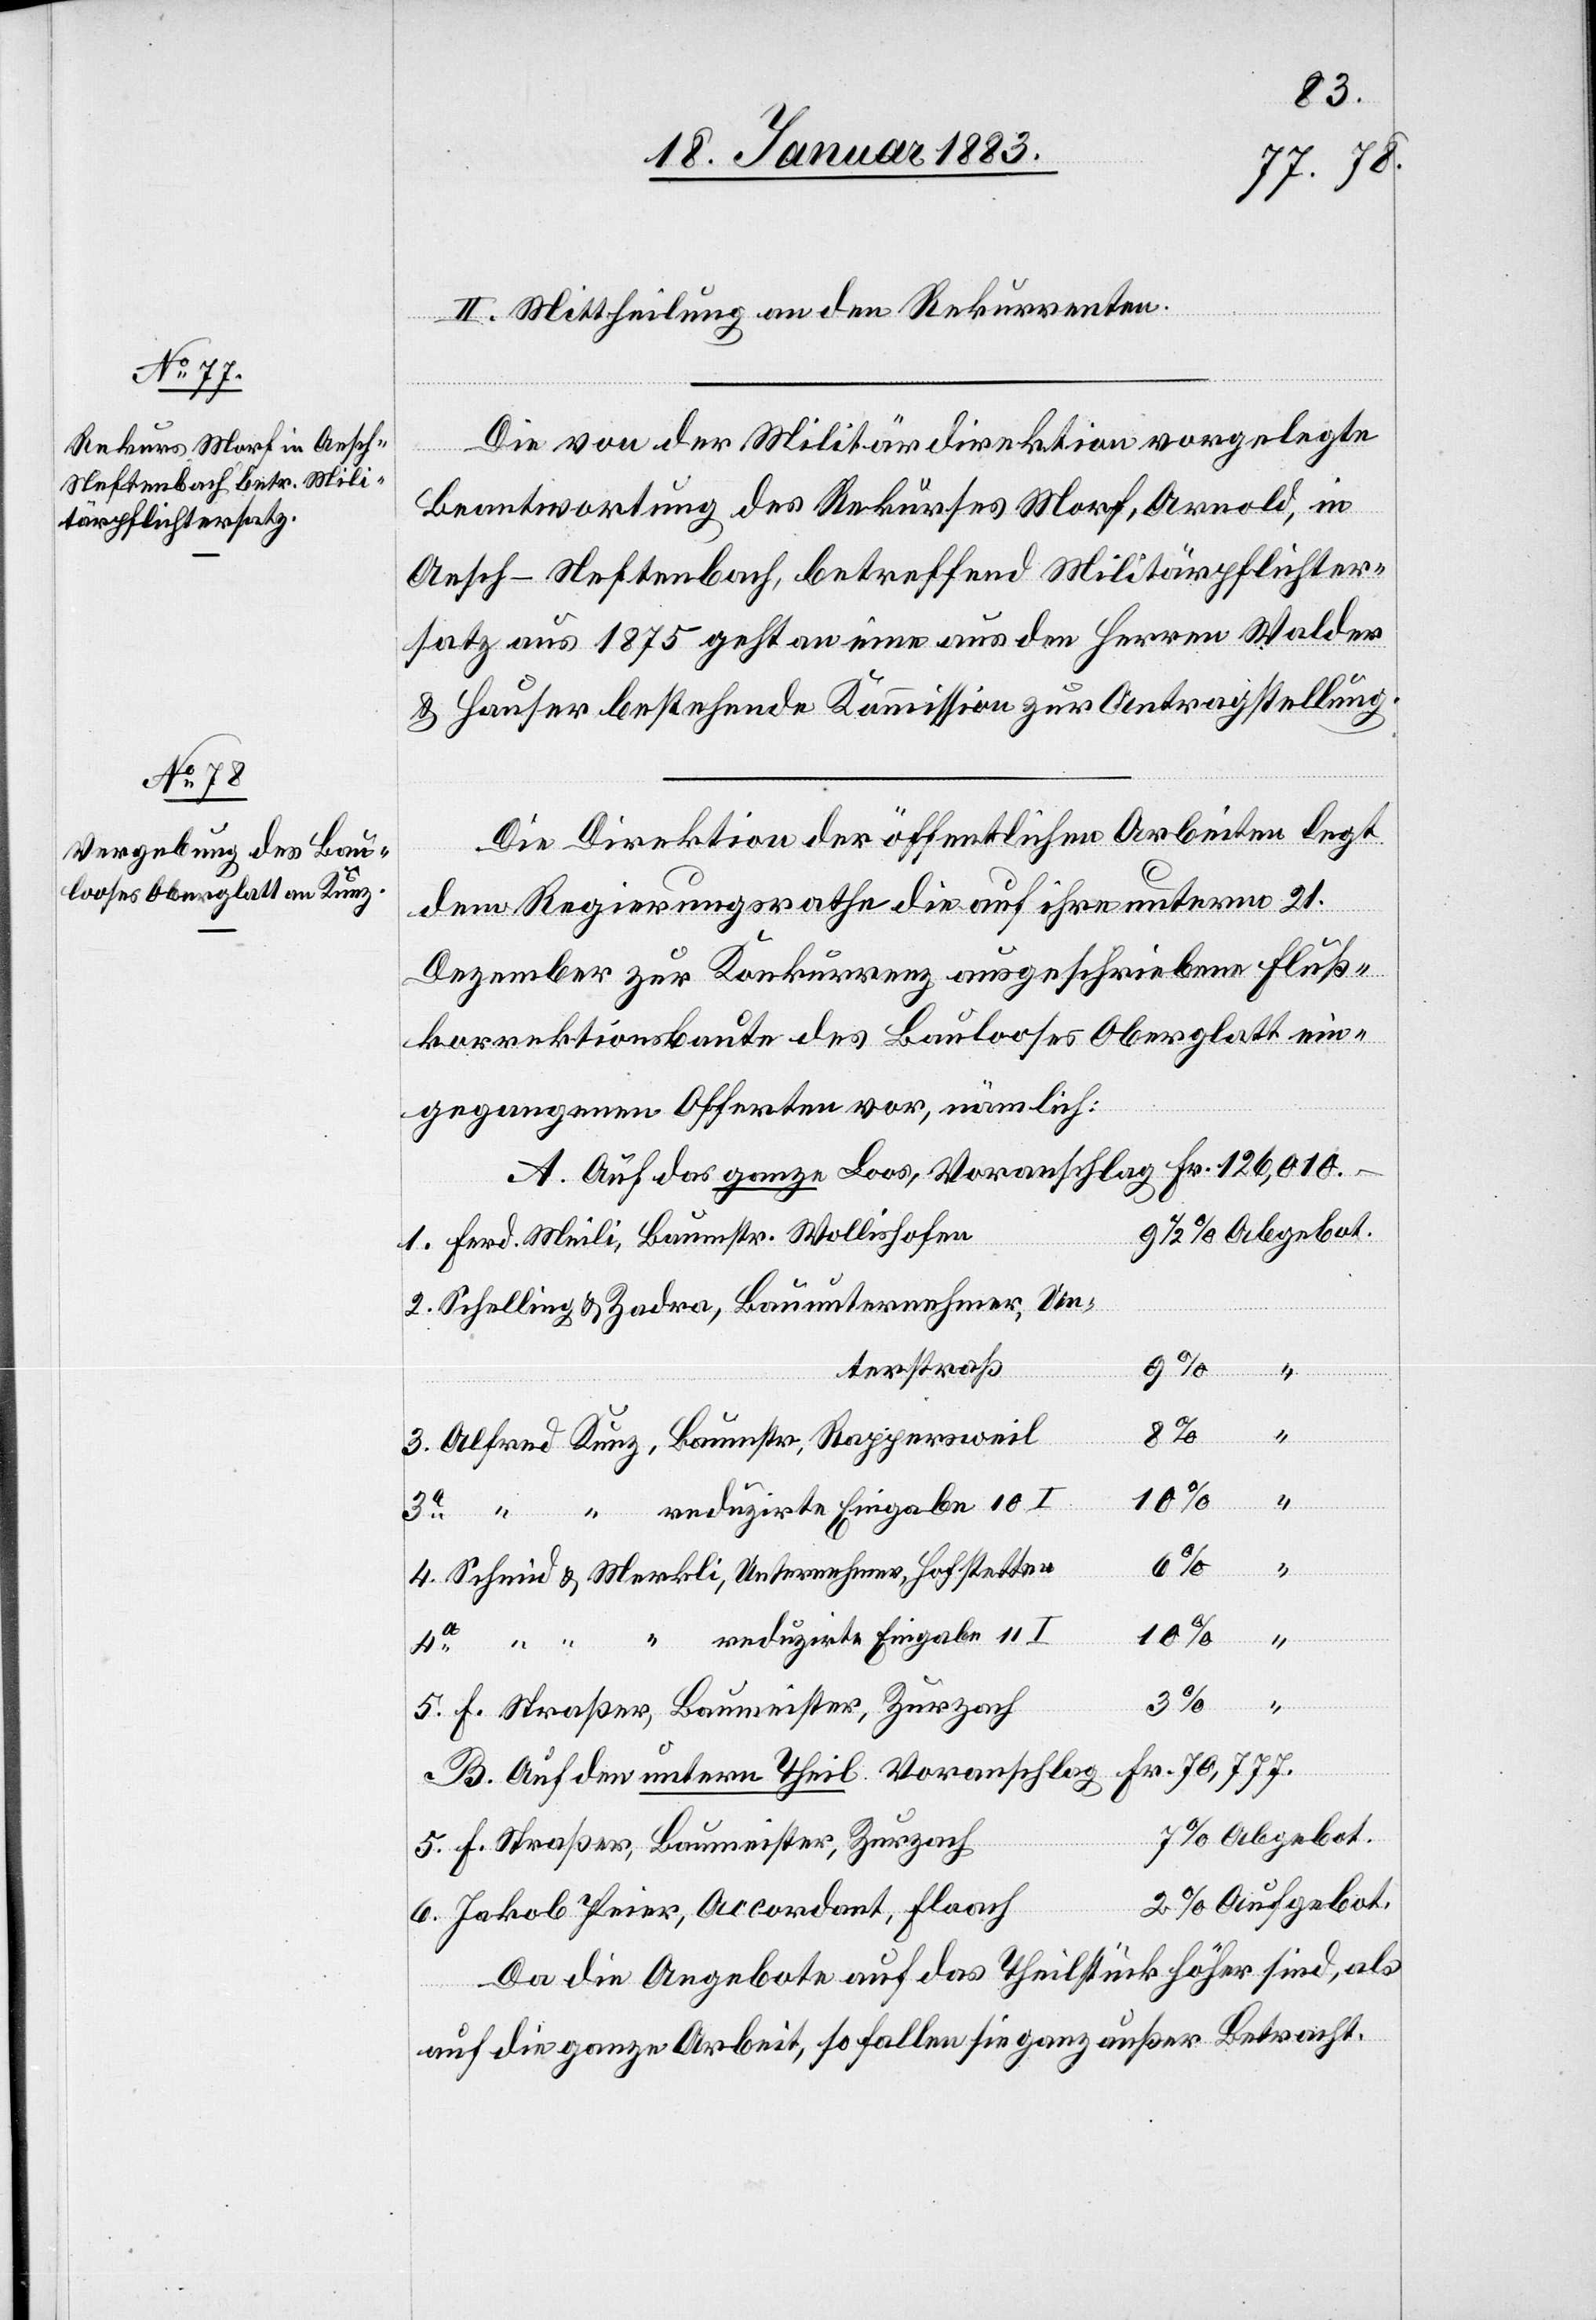
II. Mittheilung an den Rekurrenten.
Die von der Militärdirektion vorgelegte
Peier,
Beantwortung des Rekurses Morf, Arnold, in
Aesch - Neftenbach, betreffend Militärpflichter¬
satz aus 1875 geht an eine aus den Herren Walder
& Hauser bestehende Kommission zur Antragstellung.
Die Direktion der öffentlichen Arbeiten legt
dem Regierungsrathe die auf ihre unterm 21.
Dezember zur Konkurrenz ausgeschriebene Fluß¬
korrektionsbaute des Baulooses Oberglatt ein¬
gegangenen Offerten vor, nämlich:
Auf das ganze Loos, Voranschlag Fr. 126,010.–
terstraß
Ba¬
F.
“
6.
umeister,
10
umstr,
Auf den untern Theil. Voranschlag Fr. 70,777.
Da die Angebote auf das Theilstück höher sind, als
5.
auf die ganze Arbeit, so fallen sie ganz außer Betracht.